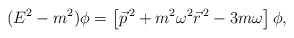
\begin{align*}(E^2-m^2)\phi=\left [\vec p^{\,2}+m^2\omega^2\vec r^{\,2}-3m\omega\right ]\phi,\end{align*}